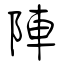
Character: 陣